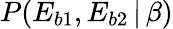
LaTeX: P(E_{b1},E_{b2}\, |\, \beta)